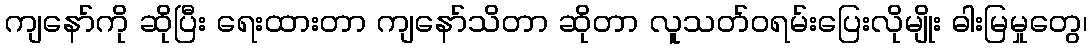
ကျနော်ကို ဆိုပြီး ရေးထားတာ ကျနော်သိတာ ဆိုတာ လူသတ်ဝရမ်းပြေးလိုမျိုး ဓါးမြမှုတွေ၊